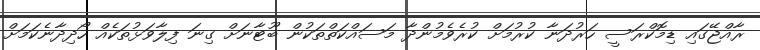
ރާއްޖޭގައި ޑިމޮކްރަސީ ހަރުދަނާ ކުރުމަށް ކުރެވެމުންދާ މަސައްކަތްތަކުން ބޫޓާނަށް ގިނަ ފިލާވަޅުތަކެއް ހޯދިދާނެކަމަށް